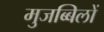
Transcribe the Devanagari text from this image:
मुजब्बिलों